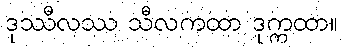
ဒုဿီလဿ သီလကထာ ဒုက္ကထာ။